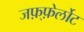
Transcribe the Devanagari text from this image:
जफ़्फ़ेर्लोट